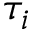
\tau _ { i }